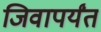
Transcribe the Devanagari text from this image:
जिवापर्यंत